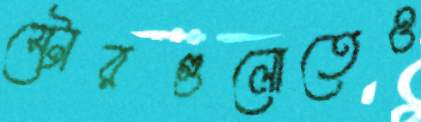
স্টোরগুলোতেও